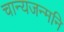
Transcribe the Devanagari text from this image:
चान्यजन्मनि